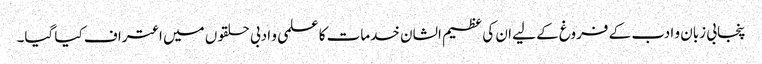
پنجابی زبان و ادب کے فروغ کے لیے ان کی عظیم الشان خدمات کا علمی و ادبی حلقوں میں اعتراف کیا گیا۔